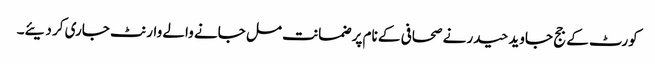
کورٹ کے جج جاوید حیدر نے صحافی کے نام پر ضمانت مل جانے والے وارنٹ جاری کر دیئے۔